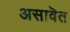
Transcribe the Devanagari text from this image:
असावॆत